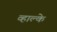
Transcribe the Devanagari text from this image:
व्हाल्के